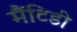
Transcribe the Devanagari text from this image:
मैंटिडी